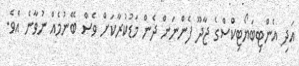
އަދި އެންޓިބަޔޯޓިކްސްގެ ޖާދޫ ފެންނަން ދެން މަޑުކުރާކަށް ވެސް ބޭނުމެއް ނުވާނެ އެވެ.